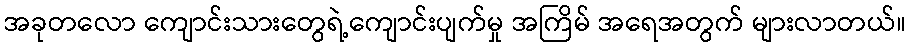
အခုတလော ကျောင်းသားတွေရဲ့ကျောင်းပျက်မှု အကြိမ် အရေအတွက် များလာတယ်။